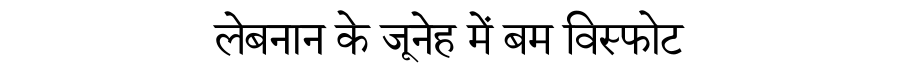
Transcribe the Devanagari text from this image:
लेबनान के जूनेह में बम विस्फोट